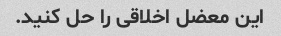
این معضل اخلاقی را حل کنید.